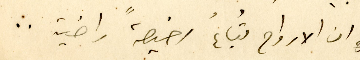
ان الارواح تُباعُ رخيصةً راضية ..